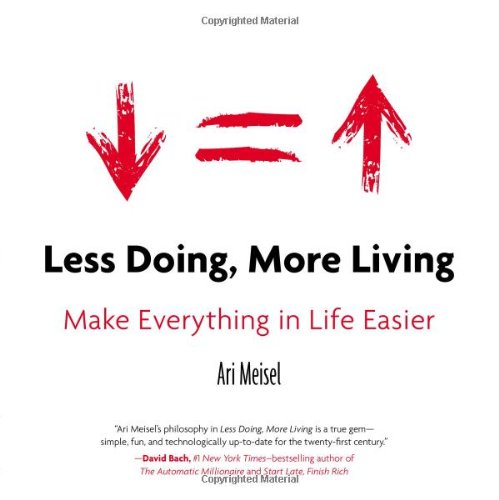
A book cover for Less Doing, More Living: Make Everything in Life Easier; Ari Meisel; Self-Help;